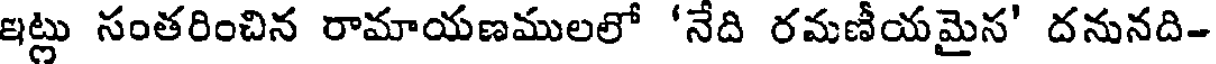
ఇట్లు సంతరించిన రామాయణములలో 'నేది రమణీయమైన' దనునది-